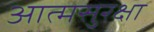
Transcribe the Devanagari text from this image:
आत्मसुरक्षा